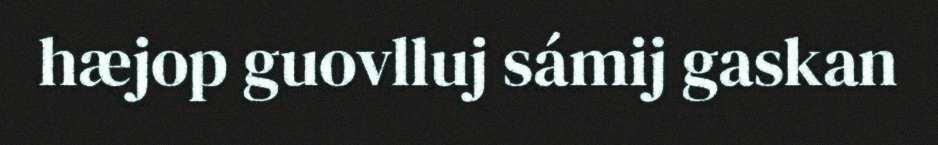
hæjop guovlluj sámij gaskan